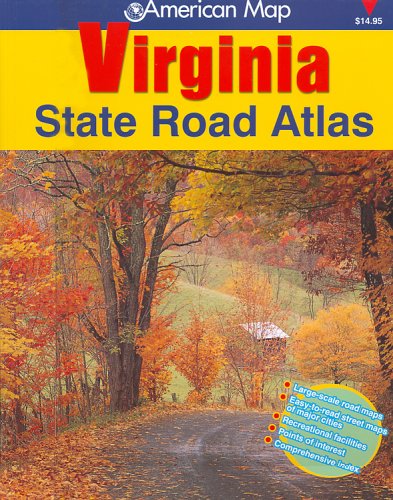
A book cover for Virginia State Road Atlas; Travel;